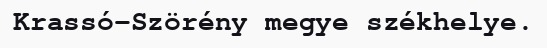
Krassó-Szörény megye székhelye.